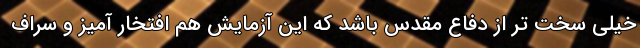
خیلی سخت تر از دفاع مقدس باشد که این آزمایش هم افتخار آمیز و سراف